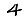
Digit: 4